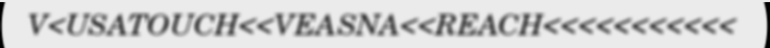
V<USATOUCH<<VEASNA<<REACH<<<<<<<<<<<